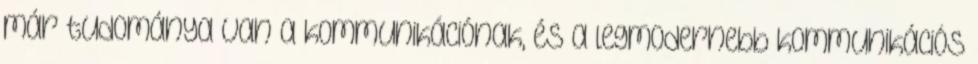
már tudománya van a kommunikációnak, és a legmodernebb kommunikációs